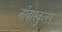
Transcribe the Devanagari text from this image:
नोंवास्कुलर